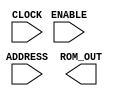

module CDK_R512x16(ADDRESS, ROM_OUT, CLOCK, ENABLE);
  input [8:0] ADDRESS;
  input CLOCK, ENABLE;
  output [15:0] ROM_OUT;

endmodule